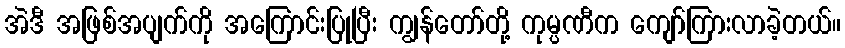
အဲဒီ အဖြစ်အပျက်ကို အကြောင်းပြုပြီး ကျွန်တော်တို့ ကုမ္ပဏီက ကျော်ကြားလာခဲ့တယ်။